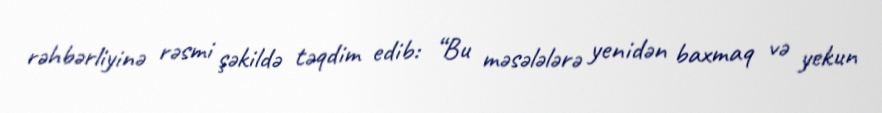
rəhbərliyinə rəsmi şəkildə təqdim edib: “Bu məsələlərə yenidən baxmaq və yekun